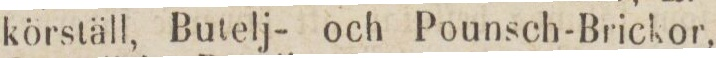
körställ, Butelj- och Pounsch-Brickor,